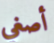
أصغي